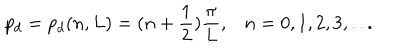
p _ { d } = p _ { d } ( n , L ) = ( n + \frac 1 { 2 } ) \frac { \pi } { L } , \, \, \, \, \, n = 0 , 1 , 2 , 3 , . . .